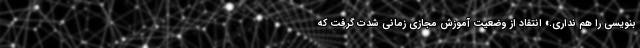
بنویسی را هم نداری.» انتقاد از وضعیت آموزش مجازی زمانی شدت گرفت که